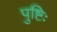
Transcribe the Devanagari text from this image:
पुष्टिः